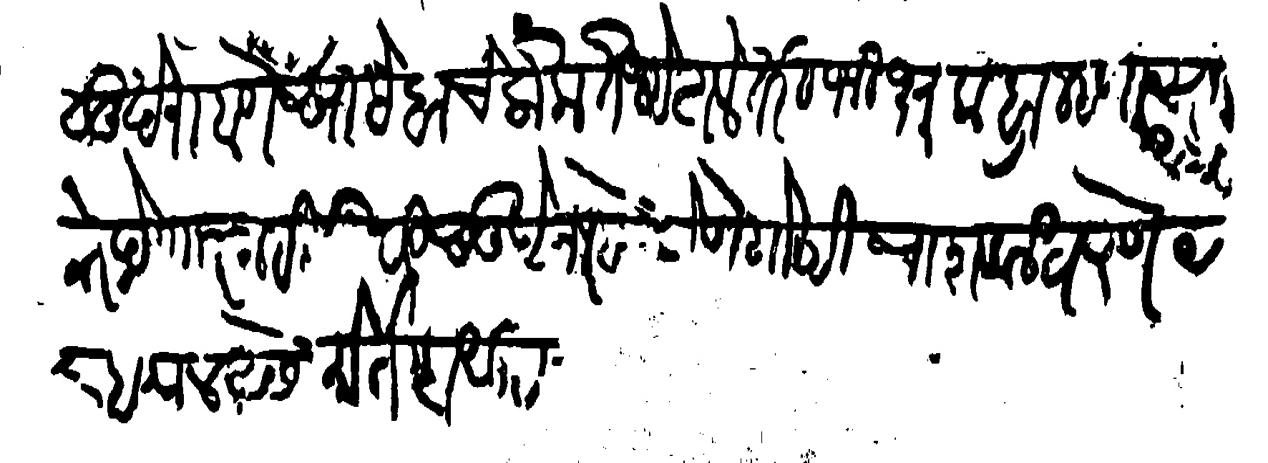
Transliteration (Devanagari): सुखे राहाणे साहेबांचे लोक आले तरी भिक्षुक ब्राम्हणास उपद्रव देणार नाही तुम्ही सुखे राहणे कोणे गोष्टीचा शक न धरणे दर बाब कौल असे मोर्तब सुद